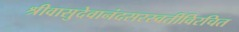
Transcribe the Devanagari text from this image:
श्रीवासुदेवानंदसरस्वतीविरचित